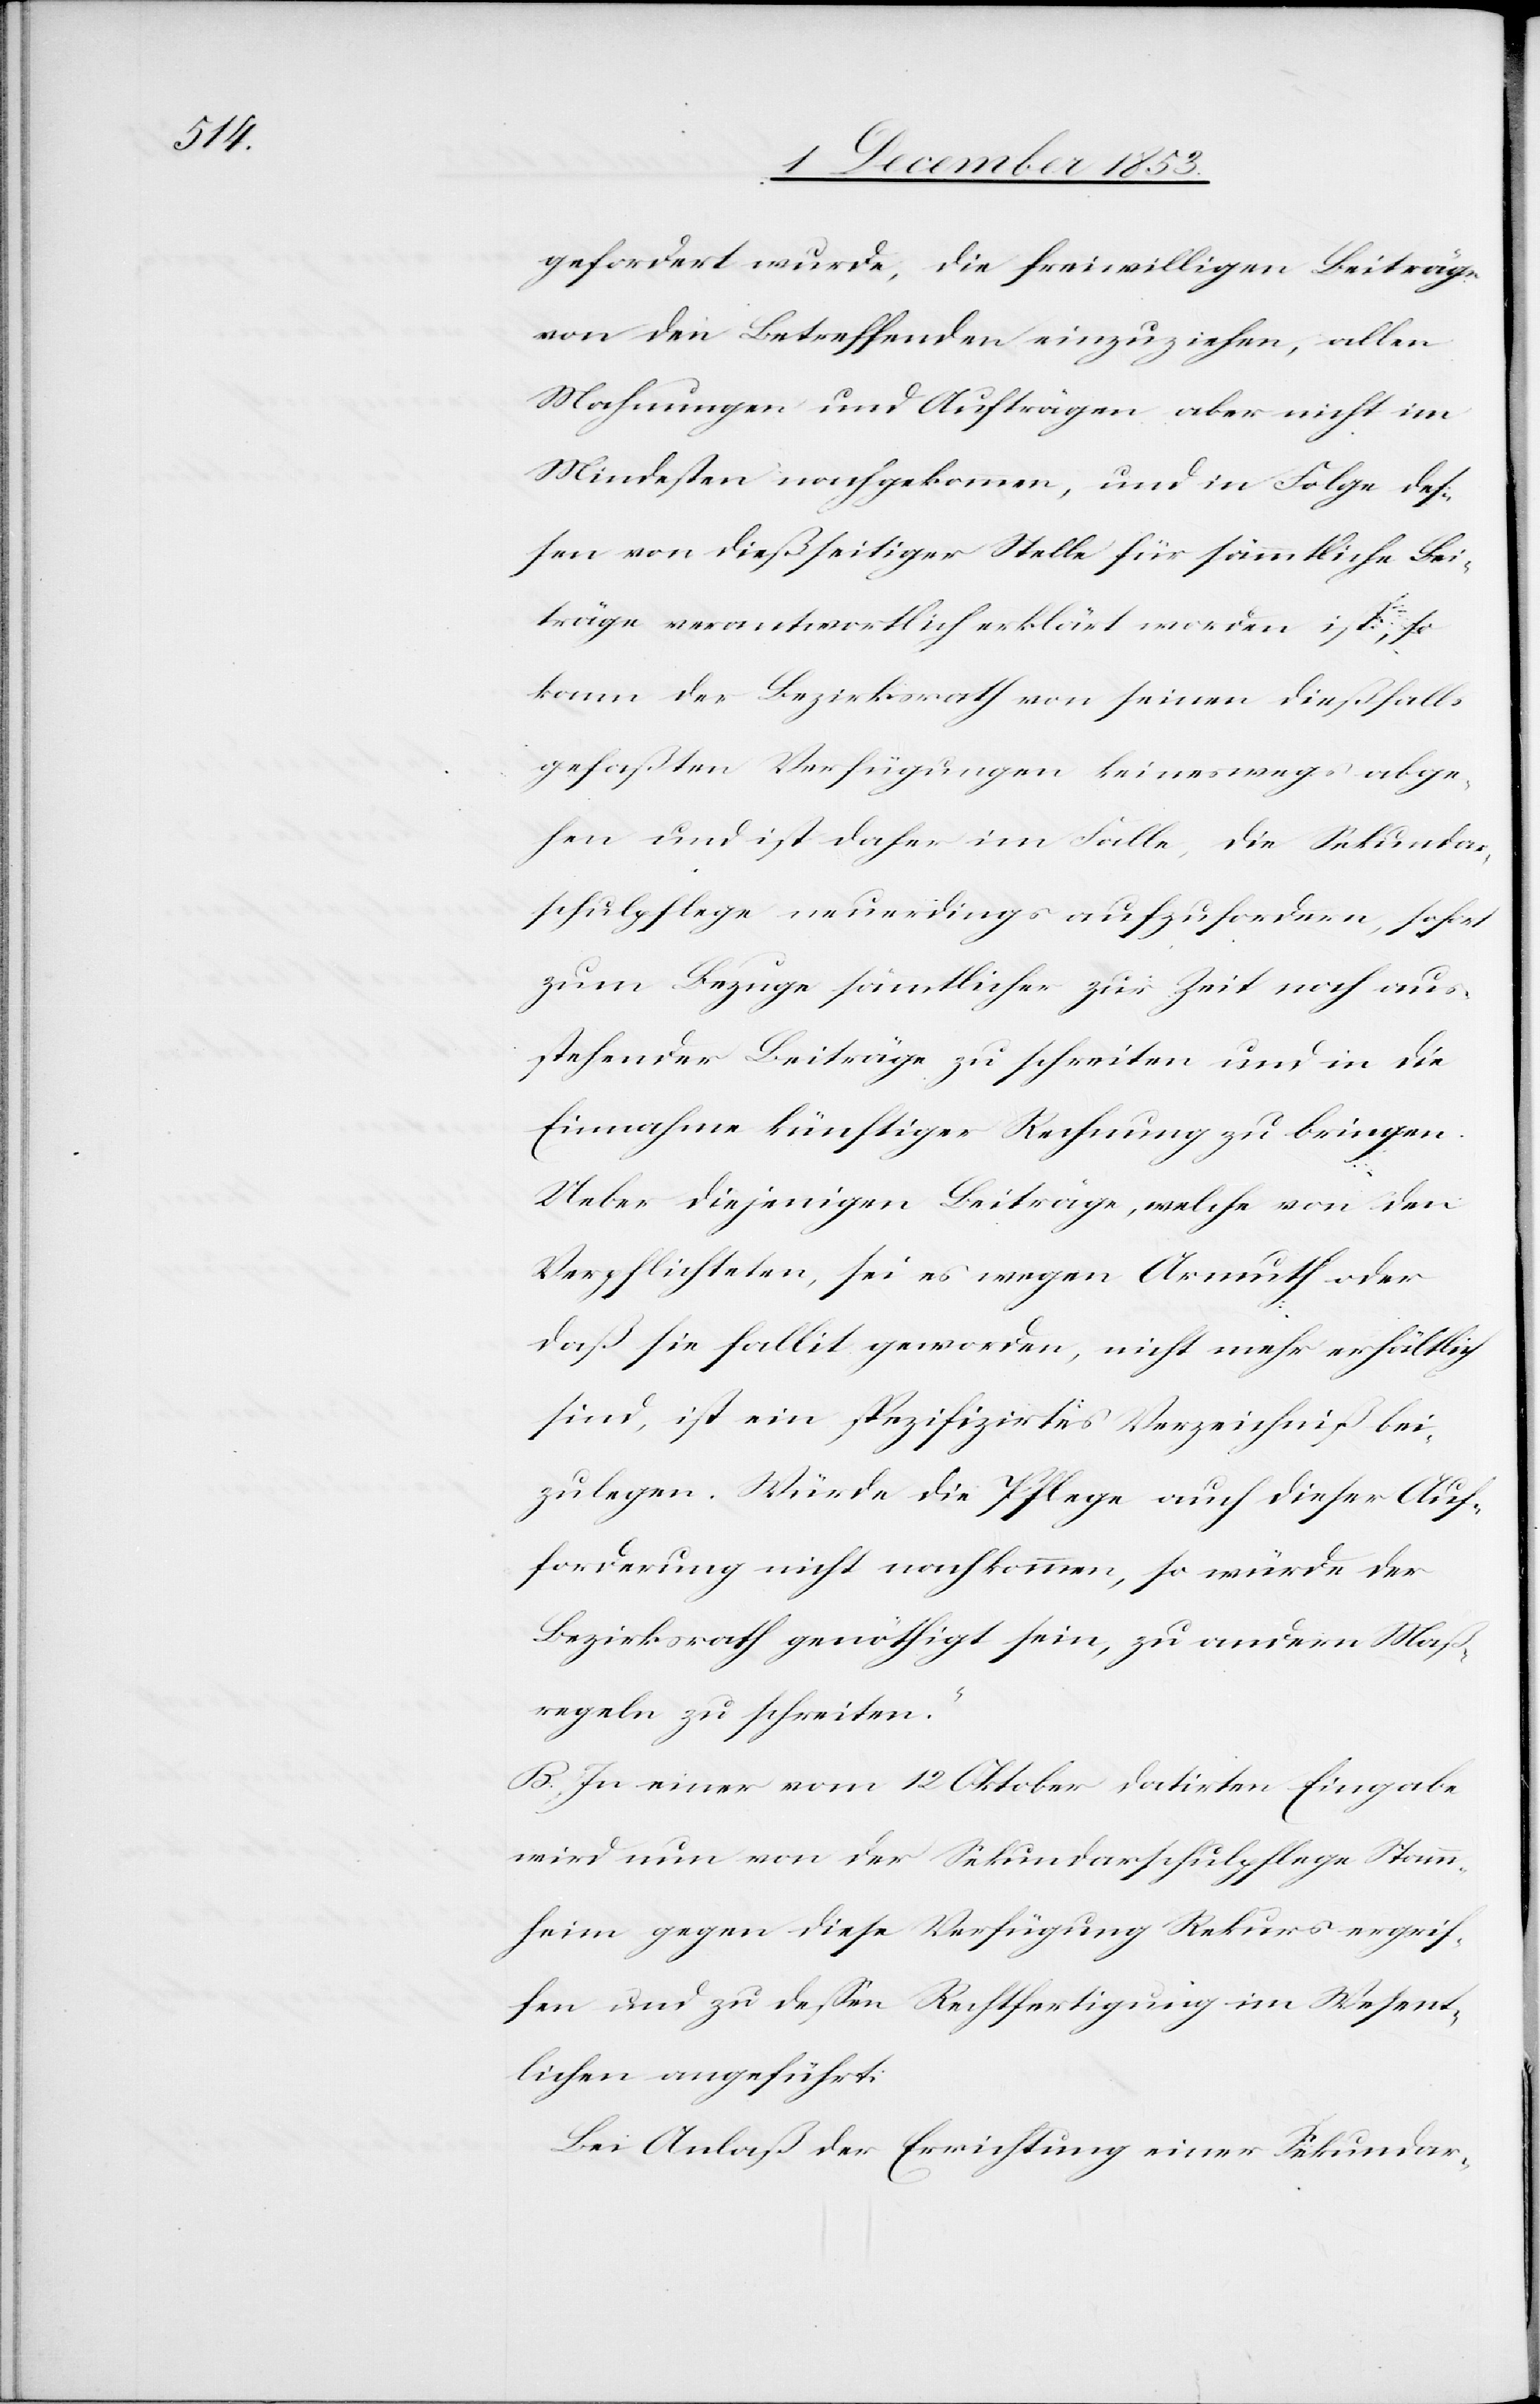
gefordert wurde, die freiwilligen Beiträge
von den Betreffenden einzuziehen, allen
Mahnungen und Aufträgen aber nicht im
Mindesten nachgekommen, und in Folge des¬
sen von dießseitiger Stelle für sämmtliche Bei¬
träge verantwortlich erklärt worden ist, so
kann der Bezirksrath von seinen dießfalls
gefaßten Verfügungen keineswegs abge¬
hen und ist daher im Falle, die Sekundar¬
schulpflege neuerdings aufzufordern, sofort
zum Bezuge sämmtlicher zur Zeit noch aus¬
stehender Beiträge zu schreiten und in die
Einnahme künftiger Rechnung zu bringen.
Ueber diejenigen Beiträge, welche von den
Verpflichteten, sei es wegen Armuth oder
daß sie fallit geworden, nicht mehr erhältlich
sind, ist ein spezifiziertes Verzeichniß bei¬
zulegen. Würde die Pflege auch dieser Auf¬
forderung nicht nachkommen, so würde der
Bezirksrath genöthigt sein, zu andern Maß¬
regeln zu schreiten.“
B. In einer vom 12 Oktober datirten Eingabe
wird nun von der Sekundarschulpflege Stamm¬
heim gegen diese Verfügung Rekurs ergrif¬
fen und zu deßen Rechtfertigung im Wesent¬
lichen angeführt:
Bei Anlaß der Errichtung einer Sekundar-